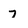
Character: 7